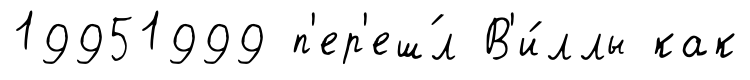
19951999 п'ер'еш́л В'и́ллы как